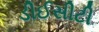
ડીઈસીટી